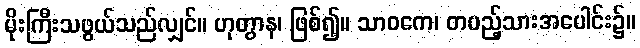
မိုးကြီးသဖွယ်သည်လျှင်။ ဟုတွာန၊ ဖြစ်၍။ သာဝကေ၊ တပည့်သားအပေါင်း၌။